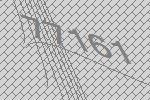
77161